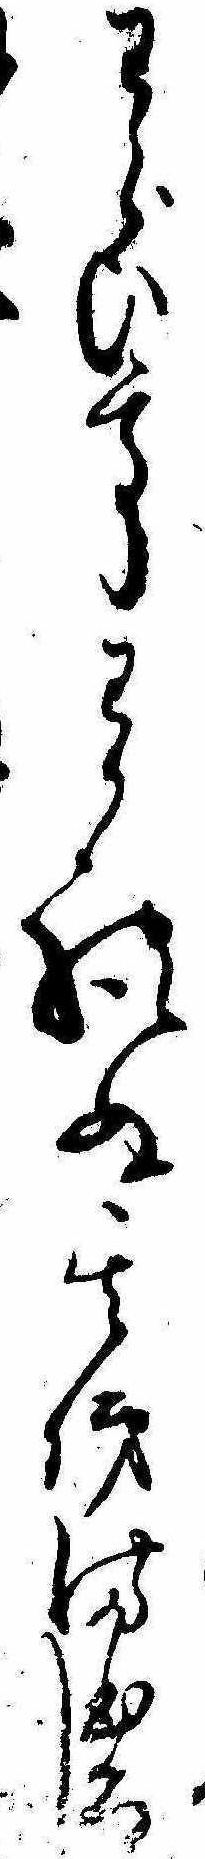
わらひてわかれぬ其俤まほろし